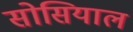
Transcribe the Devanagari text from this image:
सोसियाल